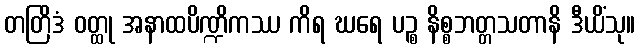
တတြိဒံ ဝတ္ထု အနာထပိဏ္ဍိကဿ ကိရ ဃရေ ပဉ္စ နိစ္စဘတ္တသတာနိ ဒီယိံသု။